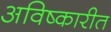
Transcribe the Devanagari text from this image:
अविष्कारीत